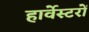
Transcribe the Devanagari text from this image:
हार्वेस्टरों